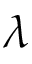
\lambda